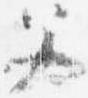
父